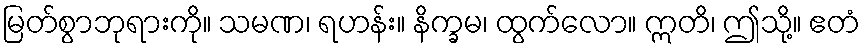
မြတ်စွာဘုရားကို။ သမဏ၊ ရဟန်း။ နိက္ခမ၊ ထွက်လော။ ဣတိ၊ ဤသို့။ ဧတံ